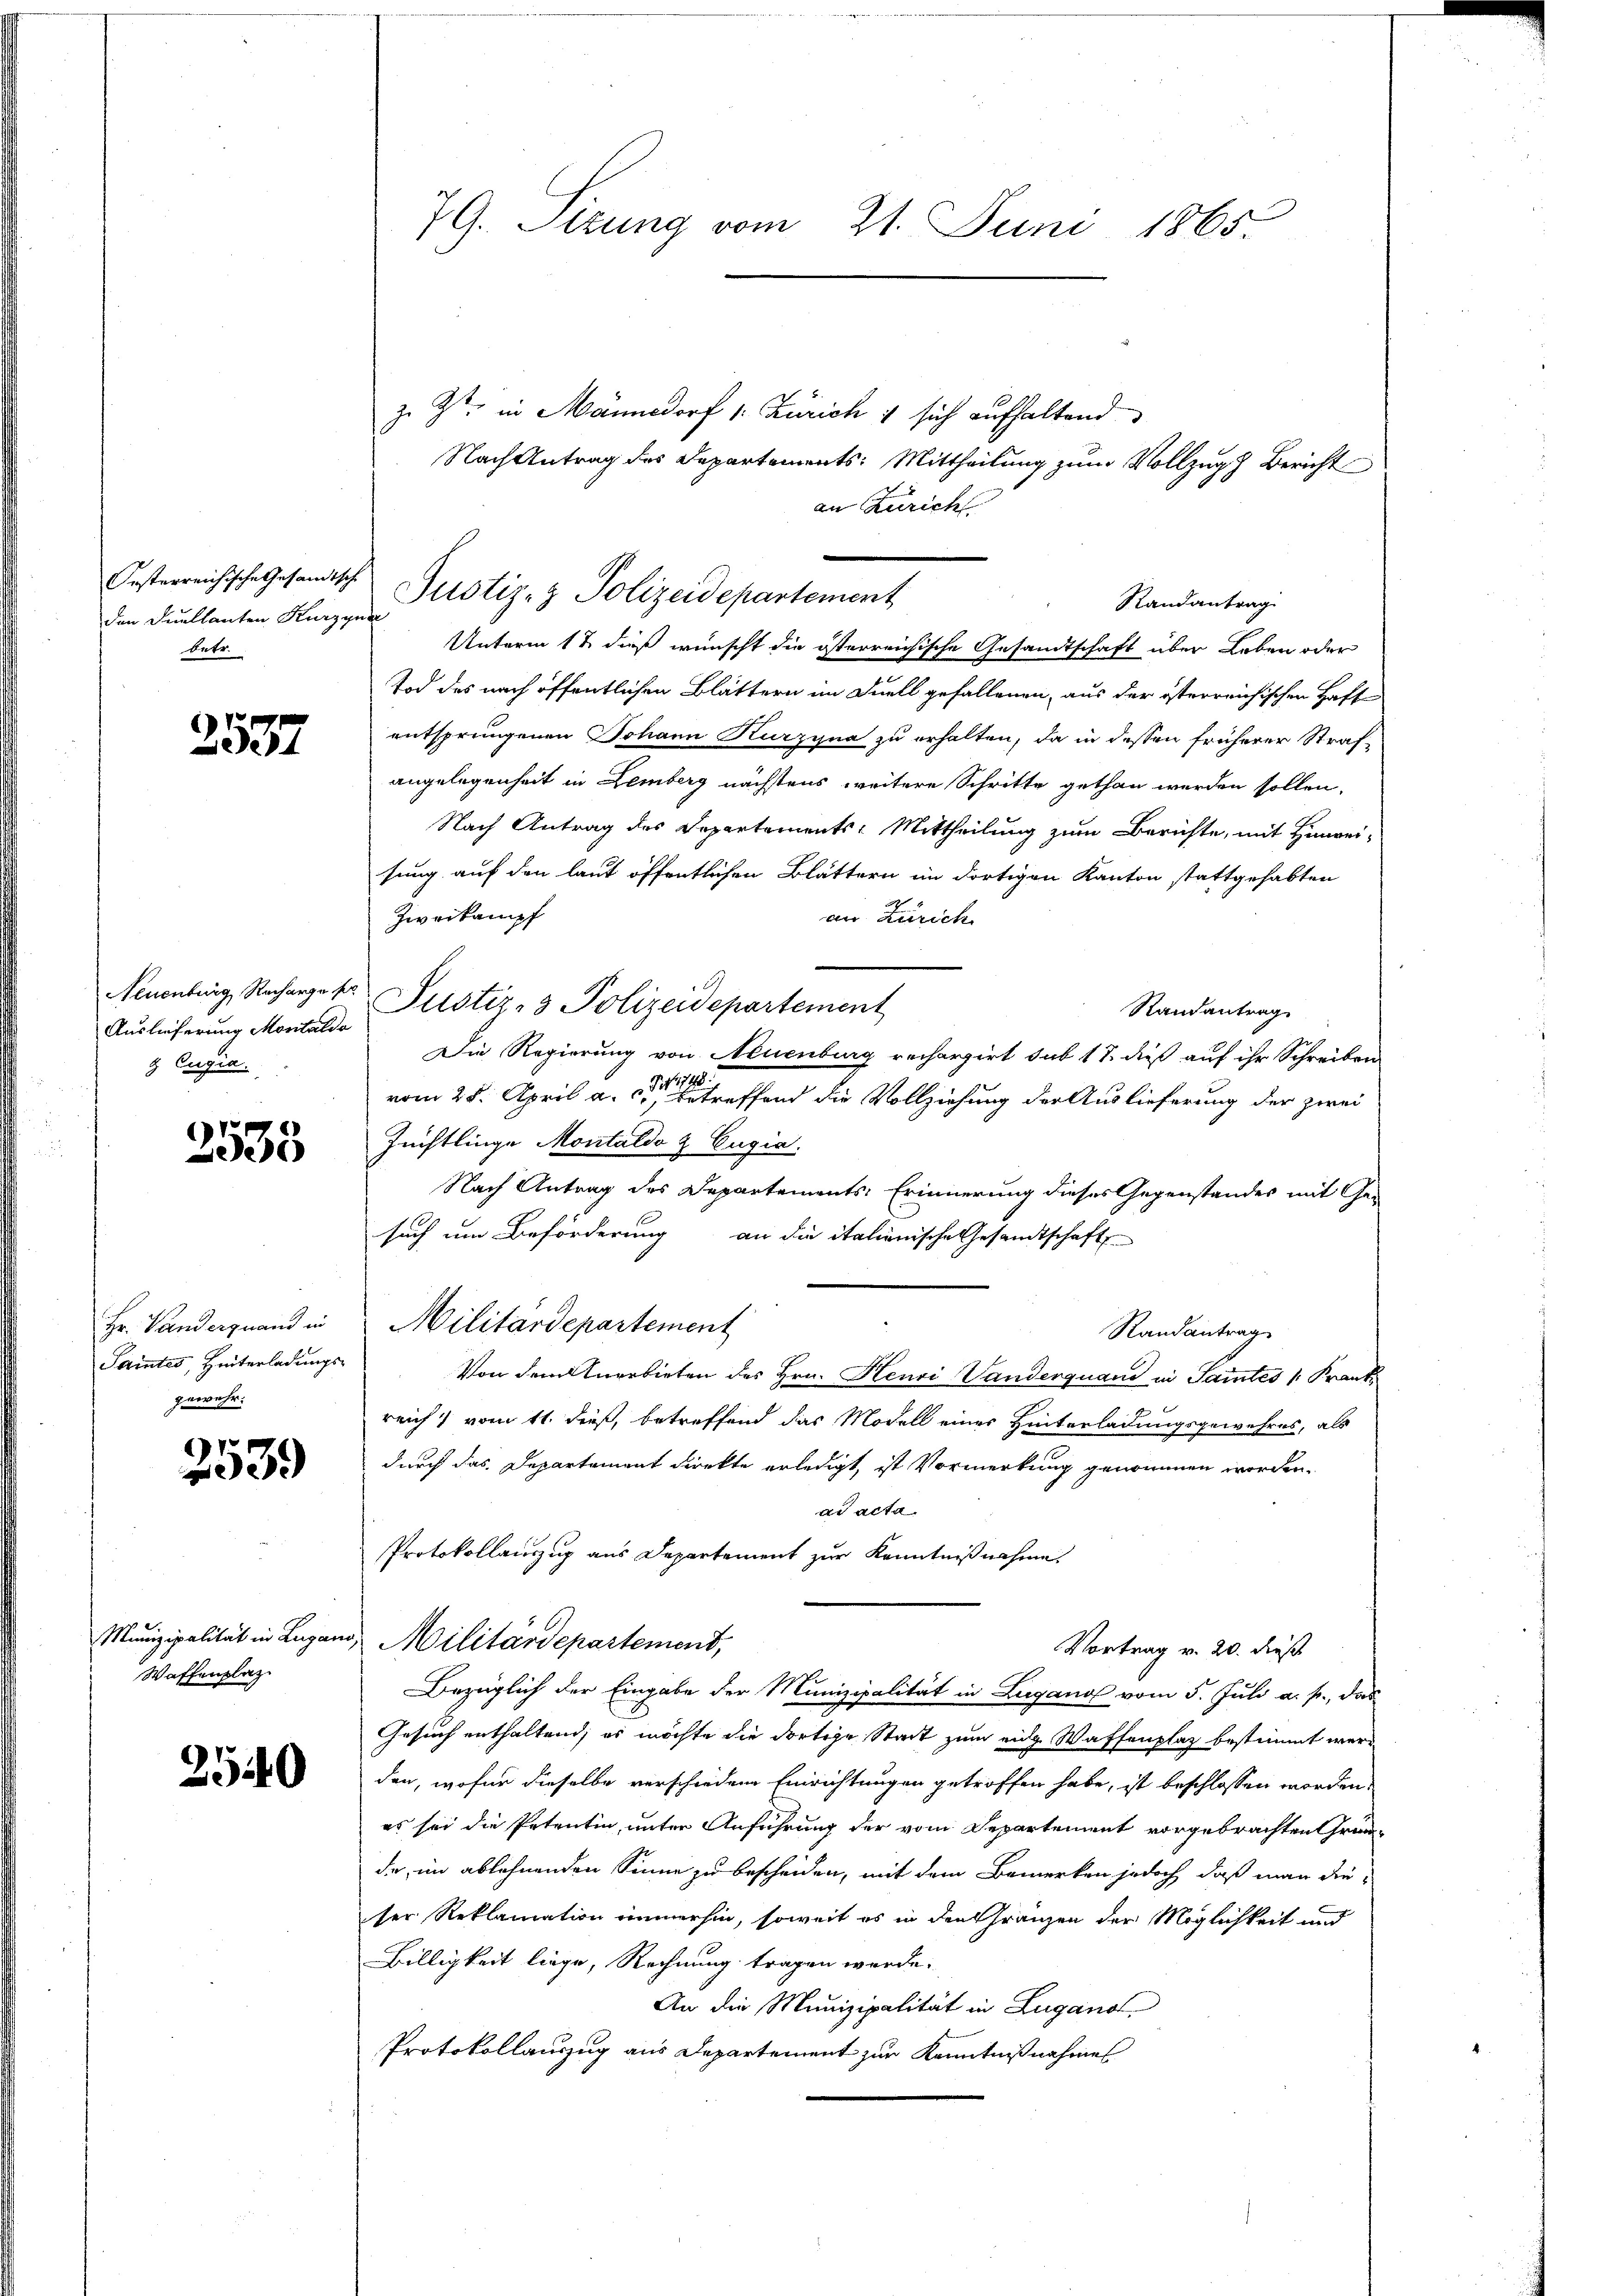
rsterreichische Gesandtsche
den Duellanten Kurzyn
betr.

2537

Neuenburg, Recharge pr
Auslieferung Montaldo
t Eugia.

2535

Hr. Vanderquand in
Saites, Hinterladungs-
gewehr.

67
339

Munizipalität in Lugan
Waffenplaz

2540

79. Sitzung vom 21. Juni 1865

z. Zt. in Männedorf 1. Zürich 7 sich aufhaltend
Nach Antrag des Departements: Mittheilung zum Vollzug Bericht
an Zürich
Randantrag
Unterm 12 dieß wünscht die österreichische Gesandtschaft über Leben oder
Tod des nach öffentlichen Blättern im Quell gefallenen, aus der österreichischen Haft
entsprungenen Johann Kurzyna zu erhalten, da in dessen früherer Strafangelegenheit in Lemberg nächstens weitere Schritte gethan werden sollen,
Nach Antrag des Departements-Mittheilung zum Berichte, mit Hinweisung auf den laut öffentlichen Blättern im dortigen Kanton stattgehabten
Zweikampf
an Zürich
Justiz- & Polizeidepartement
Randantrag
Die Regierung von Neuenburg rechargirt sub 17. dieß auf ihr Schreiben
vom 25. April a. c. betreffend die Vollziehung der Auslieferung der zwei
Züchtlinge Montaldo z Engia.
Nach Antrag des Departements: Erinnerung dieses Gegenstandes mit Ge-
such um Beförderung an die italionische Gesandtschaft
Militärdepartement
Randantrag
Von dem Anerbieten des Hrn. Henri Vanderquand in Samtes /: Krankreich vom 11. dieß, betreffend das Modell einer Hinterladungsgewahres, als
durch das Departement direkte erledigt, ist Vormerkung genommen worden.
ad acta.
Protokollauszug aus Departement zur Kenntnißnahme.
Militärdepartement,
Vortrag v. 20. dieß
Bezüglich der Eingabe der Munizipalität in Lugano vom 5. Juli a. p., das
Gesuch enthaltend, es möchte die dortige Stadt zum eidg Waffenplaz bestimmt werd
den, wofür dieselbe verschiedene Einrichtungen getroffen habe, ist beschlossen worden,
es sei die Petentin, unter Anführung der vom Departement vorgebrachten Gründe, im ablehnenden Sinne zu bescheiden, mit dem Bemerken jedoch, daß man dieter Reklamation immerhin, soweit es in den Gränzen der Möglichkeit und
Billigkeit liege, Rechnung tragen werde.
An die Munizipalität in Lugano.
Protokollauszug aus Departement zur Kenntnißnahme

Justiz- & Polizeidepartement